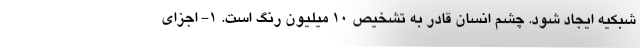
شبکیه ایجاد شود. چشم انسان قادر به تشخیص ۱۰ میلیون رنگ است. 1- اجزای